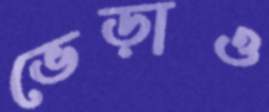
ভেড়াও